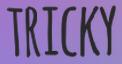
TRICKY